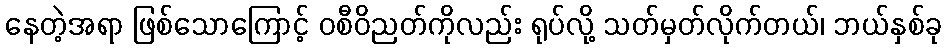
နေတဲ့အရာ ဖြစ်သောကြောင့် ဝစီဝိညတ်ကိုလည်း ရုပ်လို့ သတ်မှတ်လိုက်တယ်၊ ဘယ်နှစ်ခု